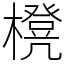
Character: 櫈